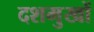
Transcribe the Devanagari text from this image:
दशमुखों